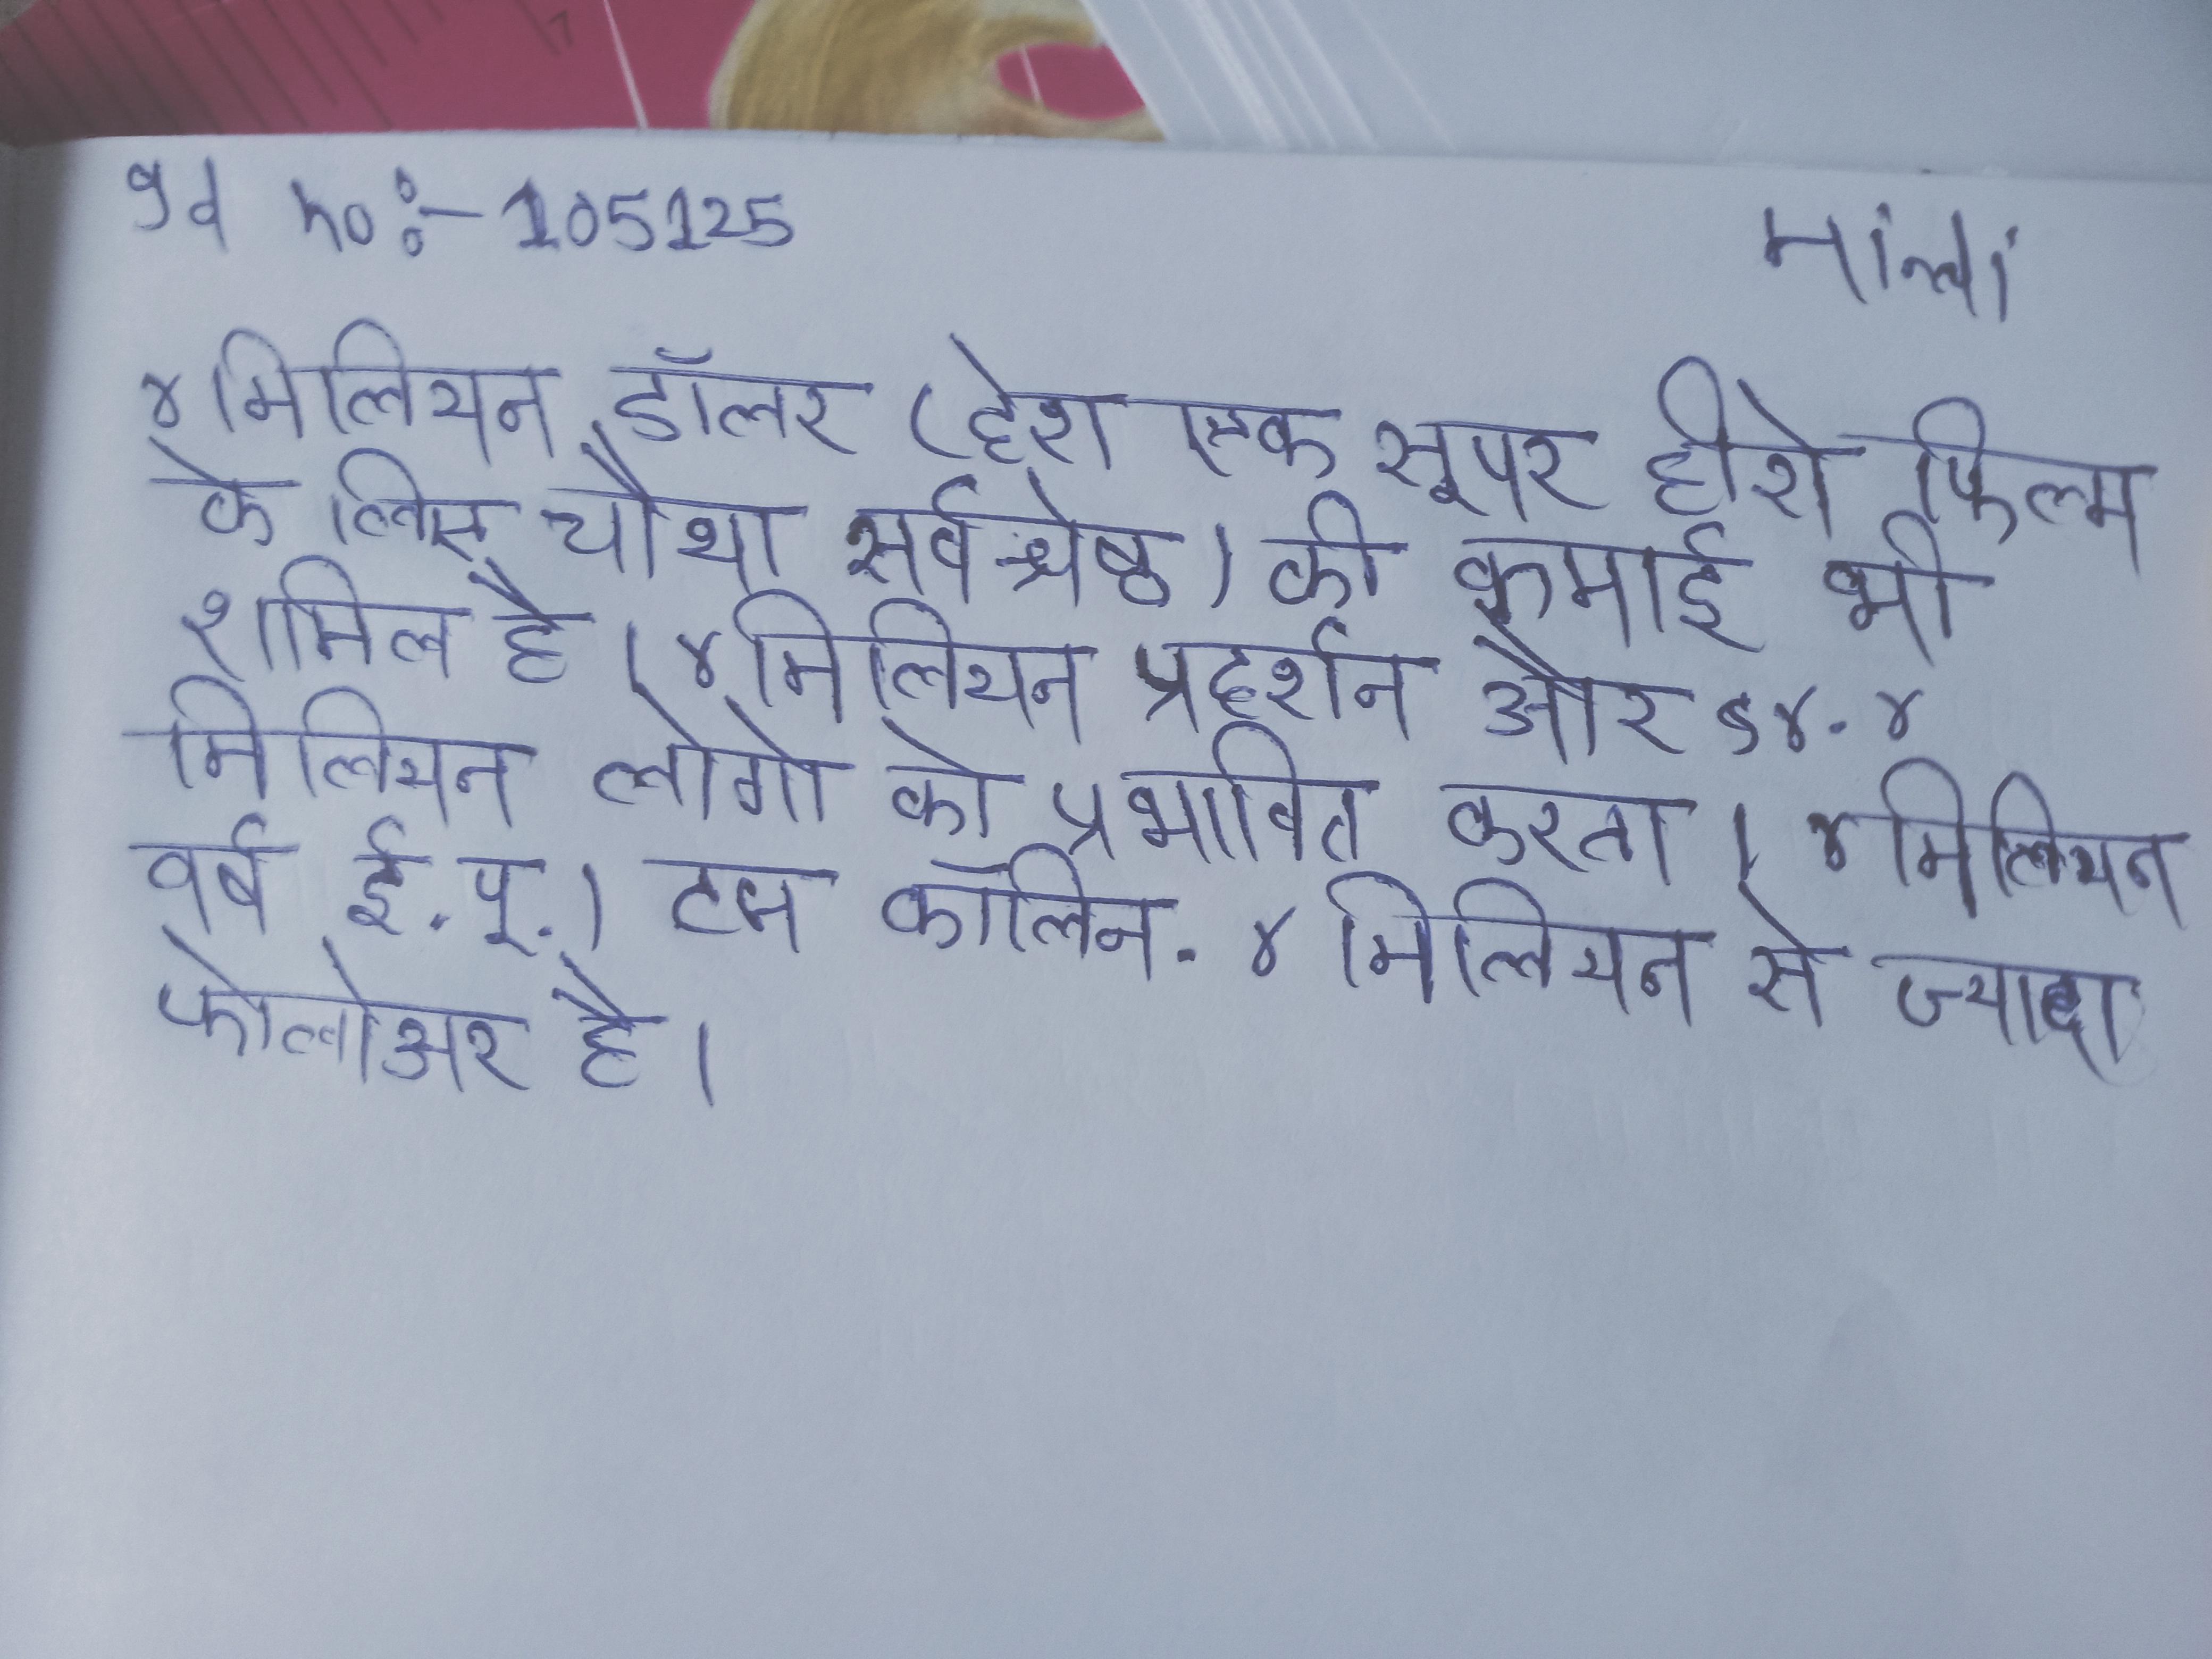
४ मिलियन डॉलर (देश एक सुपर हीरो फिल्म के लिए चौथा-सर्वश्रेष्ठ) की कमाई भी शामिल है । ४ मिलियन प्रदर्शन और १४ . ४ मिलियन लोगो को प्रभावित करता । ४ मिलियन वर्ष ई.पू.) टज कॉलिन . ४ मिलियन से ज्यादा फॉलोअर है ।